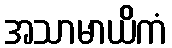
အသာမာယိကံ